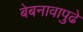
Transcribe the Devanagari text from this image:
बेबनावापुढे